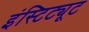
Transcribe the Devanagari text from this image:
इंस्टिट्यूट